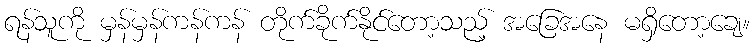
ရန်သူကို မှန်မှန်ကန်ကန် တိုက်ခိုက်နိုင်တော့သည့် အခြေအနေ မရှိတော့ချေ။